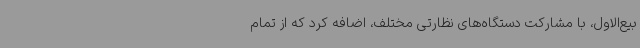
بیع‌الاول، با مشارکت دستگاه‌های نظارتی مختلف، اضافه کرد که از تمام